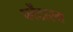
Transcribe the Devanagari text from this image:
प्लेंटारम